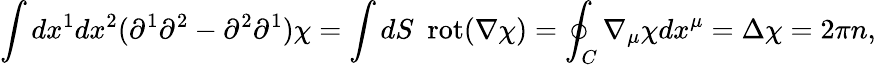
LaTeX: \int dx^{1}dx^{2}(\partial^{1}\partial^{2}-\partial^{2}\partial^{1})\chi=\int dS\enspace\mathrm{rot}(\nabla\chi)=\oint_{C}\nabla_{\mu}\chi dx^{\mu}=\Delta\chi=2\pi n,